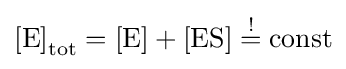
{[\mathrm {E} ]}_{\text{tot}}={[\mathrm {E} ]}+{[\mathrm {ES} ]}\;{\overset {!}{=}}\;{\text{const}}